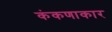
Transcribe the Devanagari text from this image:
कंकणाकार